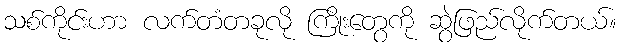
သစ်ကိုင်းဟာ လက်တံတခုလို ကြိုးတွေကို ဆွဲဖြည်လိုက်တယ်။